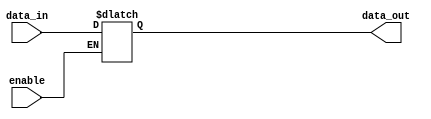
module active_high_buffer (
    input data_in,
    input enable,
    output reg data_out
);

always @(*) begin
    if (enable) begin
        data_out = data_in;
    end
end

endmodule